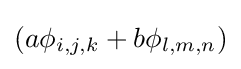
(a\phi _{i,j,k}+b\phi _{l,m,n})